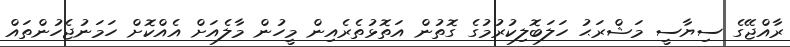
ރާއްޖޭގެ ސިޔާސީ މަޝްރަޙު ހަލަބޮލިކުރުމުގެ ގޮތުން އަތޮޅުތެރެއިން މީހުން މާލެއަށް އެއްކޮށް ހަމަނުޖެހުންތައް